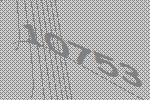
10753